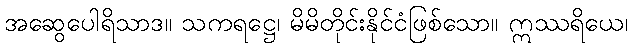
အဆွေပေါရိသာဒ။ သကရဋ္ဌေ၊ မိမိတိုင်းနိုင်ငံဖြစ်သော။ ဣဿရိယေ၊